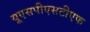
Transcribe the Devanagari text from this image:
यूएसपीएसटीएफ